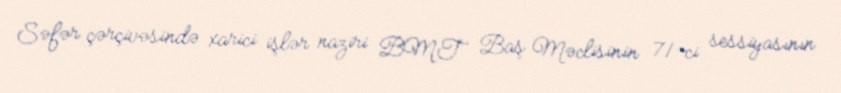
Səfər çərçivəsində xarici işlər naziri BMT Baş Məclisinin 71-ci sessiyasının